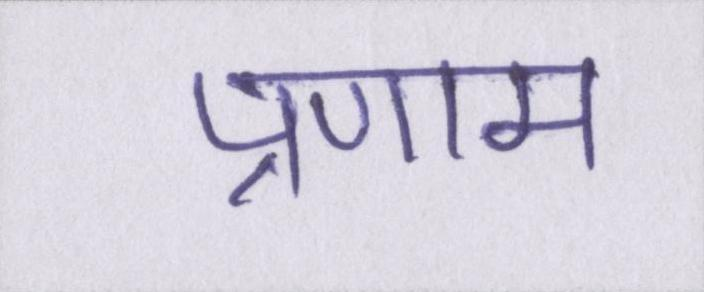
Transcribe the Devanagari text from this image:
प्रणाम